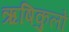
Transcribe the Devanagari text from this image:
ऋषिकुलों